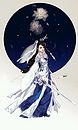
绝景良时难再并，他年此日应惆怅。